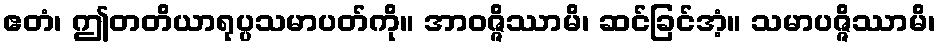
ဧတံ၊ ဤတတိယာရုပ္ပသမာပတ်ကို။ အာဝဇ္ဇိဿာမိ၊ ဆင်ခြင်အံ့။ သမာပဇ္ဇိဿာမိ၊